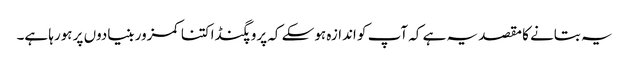
یہ بتانے کا مقصد یہ ہے کہ آپ کو اندازہ ہوسکے کہ پروپگنڈا کتنا کمزور بنیادوں پر ہورہا ہے۔